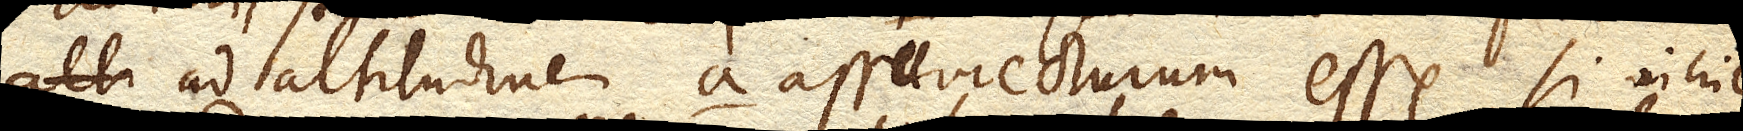
ad altitudinem a. assurrecturum esse si nihil